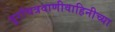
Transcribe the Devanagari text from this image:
दूरचित्रवाणीवाहिनीच्या